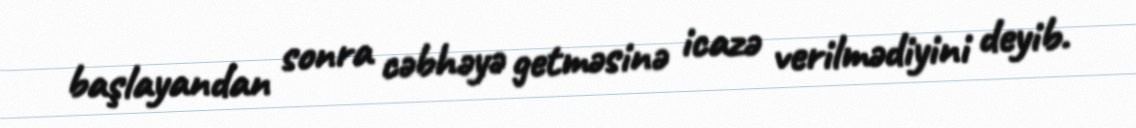
başlayandan sonra cəbhəyə getməsinə icazə verilmədiyini deyib.